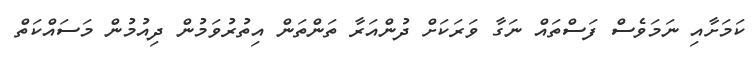
ކަމަށާއި ނަމަވެސް ފަސްތައް ނަގާ ވަރަކަށް ދުންއަރާ ތަންތަން އިތުރުވަމުން ދިއުމުން މަސައްކަތް